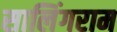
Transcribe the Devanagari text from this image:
सालिंगराम